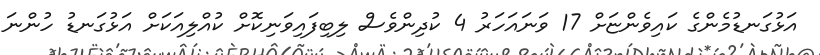
އަޅުގަނޑުމެންގެ ކައިވެންޏަށް 17 ވަނައަހަރު 4 ކުދިންވެސް ލިބިފައިވަނިކޮށް ކުއްލިއަކަށް އަޅުގަނޑު ހުންނަ